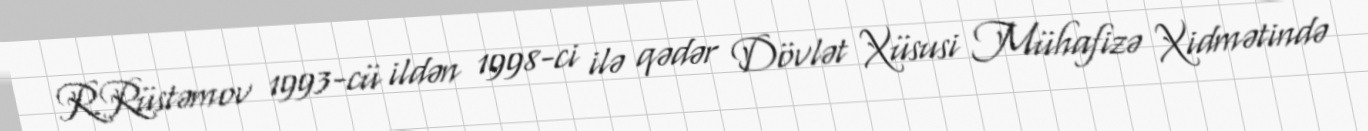
R.Rüstəmov 1993-cü ildən 1998-ci ilə qədər Dövlət Xüsusi Mühafizə Xidmətində